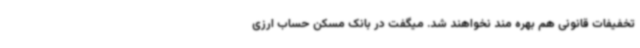
تخفیفات قانونی هم بهره مند نخواهند شد. میگفت در بانک مسکن حساب ارزی